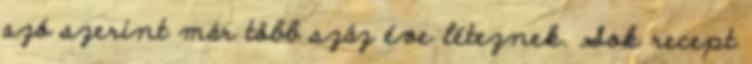
szó szerint már több száz éve léteznek. Sok recept